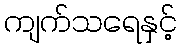
ကျက်သရေနှင့်